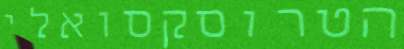
הטרוסקסואלי